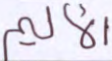
الأليم